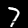
Digit: 7